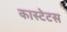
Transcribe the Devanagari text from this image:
कास्टेटस